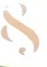
&